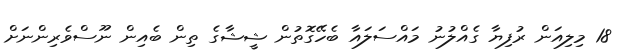
18 މިލިއަން ރުފިޔާ ގެއްލުނު މައްސަލައާ ބެހޭގޮތުން ޝީޝާގެ ތިން ބެއިން ނޫސްވެރިންނަށް